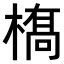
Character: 𫞏